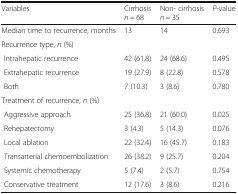
<table><thead><tr><td><b>Variables</b></td><td><b>Cirrhosis<i>n</i> = 68</b></td><td><b>Non- cirrhosis<i>n</i> = 35</b></td><td><b><i>P</i>-value</b></td></tr></thead><tbody><tr><td>Median time to recurrence, months</td><td>13</td><td>14</td><td>0.693</td></tr><tr><td colspan="4">Recurrence type, <i>n</i> (%)</td></tr><tr><td> Intrahepatic recurrence</td><td>42 (61.8)</td><td>24 (68.6)</td><td>0.495</td></tr><tr><td> Extrahepatic recurrence</td><td>19 (27.9)</td><td>8 (22.8)</td><td>0.578</td></tr><tr><td> Both</td><td>7 (10.3)</td><td>3 (8.6)</td><td>0.780</td></tr><tr><td colspan="4">Treatment of recurrence, <i>n</i> (%)</td></tr><tr><td> Aggressive approach</td><td>25 (36.8)</td><td>21 (60.0)</td><td>0.025</td></tr><tr><td> Rehepatectomy</td><td>3 (4.3)</td><td>5 (14.3)</td><td>0.076</td></tr><tr><td> Local ablation</td><td>22 (32.4)</td><td>16 (45.7)</td><td>0.183</td></tr><tr><td> Transarterial chemoembolization</td><td>26 (38.2)</td><td>9 (25.7)</td><td>0.204</td></tr><tr><td> Systemic chemotherapy</td><td>5 (7.4)</td><td>2 (5.7)</td><td>0.754</td></tr><tr><td> Conservative treatment</td><td>12 (17.6)</td><td>3 (8.6)</td><td>0.216</td></tr></tbody></table>